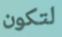
لتكون